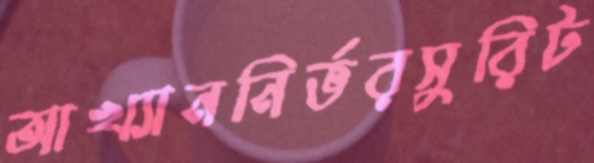
আখ্যাননির্ভরসুরিট